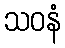
သဝနံ